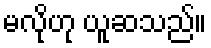
မလိုဟု ယူဆသည်။